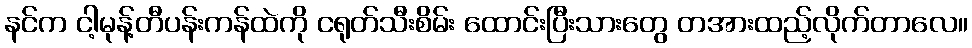
နင်က ငါ့မုန့်တီပန်းကန်ထဲကို ငရုတ်သီးစိမ်း ထောင်းပြီးသားတွေ တအားထည့်လိုက်တာလေ။